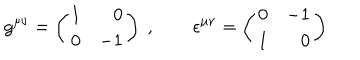
g ^ { \mu \nu } = \left( \begin{array} { r r } { { 1 } } & { { 0 } } \\ { { 0 } } & { { - 1 } } \\ \end{array} \right) \ , \qquad \epsilon ^ { \mu \nu } = \left( \begin{array} { r r } { { 0 } } & { { - 1 } } \\ { { 1 } } & { { 0 } } \\ \end{array} \right)